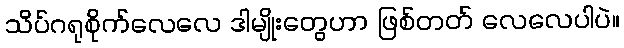
သိပ်ဂရုစိုက်လေလေ ဒါမျိုးတွေဟာ ဖြစ်တတ် လေလေပါပဲ။